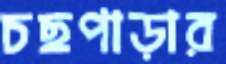
চছপাড়ার